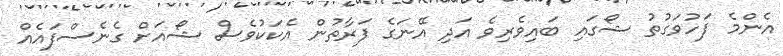
އެންމެ ފަހުވަގުތު ޝޯގައި ބައިވެރިވެ އަދި އޭނަގެ ފަރާތުން އެކަކުވެސް ޝޯއަށް ގެނެސްފައެއް